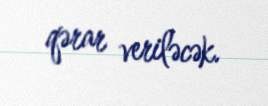
qərar veriləcək.